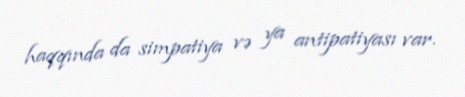
haqqında da simpatiya və ya antipatiyası var.